Civil Veterinary Dept. North-West Frontier Province 1901-22 - 1901-1922
Year: 1901
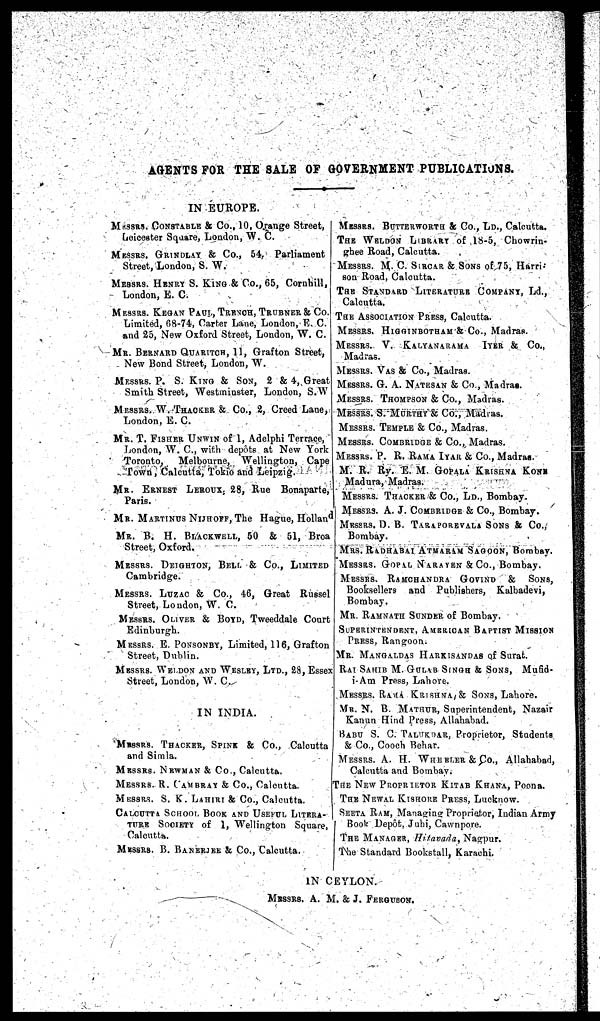
AGENTS FOR THE 8ALE OF GOVERNMENT PUBLICATIONS.
IN EUROPE.
MESSRS. CONSTABLE & Co., 10, Orange Street,
Leicester Square, London, W. C.
MESSRS. GRINDLAY & Co., 54,
Parliament
Street, London, S. W.
MESSRS. HENRY S. KING & Co., 65, Cornhill,
London, E. C.
MESSRS. REGAN PAUL, TRENCH, TRUBNER & Co.
Limited, 68-74, Carter Lane, London, E. C.
and 25, New Oxford Street, London, W. C.
MR. BERNARD QUARITCH, 11, Grafton Street,
New Bond Street, London, W.
MESSRS. P. S. KING & SON, 2 & 4, Great
Smith Street, Westminster, London, S.W
MESSRS. W. THACKER & Co., 2, Creed Lane,
London, E. C.
MR. T. FISHER UNWIN of 1, Adelphi Terrace,
London, W. C, with depots at New York
Toronto,
Melbourne, Wellington, Cape
Town, Calcutta, Tokio and Leipzig.
MR.
ERNEST LEROUX. 28, Rue
Bonaparte,
Paris.
MR. MARTINUS NIJHOFF, The Hague, Holland
MR. B. H. BLACKWELL, 50 & 51, Broa
Street, Oxford.
MESSRS. DEIGHTON, BELL & Co., LIMITED
Cambridge.
MESSRS. LUZAC & Co., 46, Great
Russel
Street, London, W. C.
MESSRS. OLIVER & BOYD, Tweeddale Court
Edinburgh.
MESSRS.
E. PONSONBY, Limited, 116, Grafton
Street, Dublin.
MESSRS. WELDON AND WESLEY, LTD., 28, Essex
Street, London, W. C.
IN INDIA.
MESSRS.
THACKER, SPINK & Co., Calcutta
and Simla.
MESSRS.
NEWMAN & Co., Calcutta.
MESSRS. R. CAMBRAY & Co., Calcutta.
MESSRS. S. K. LAHIRI & Co., Calcutta.
CALCUTTA SCHOOL BOOK AND USEFUL LITERA-
TURE SOCIETY of 1, Wellington Square,
Calcutta.
MESSRS.
B. BANERJEE & Co., Calcutta.
MESSRS. BUTTERWORTH & Co., LD., Calcutta.
THE WELDON LIBRARY of 18-5, Chowrin-
ghee Road, Calcutta.
MESSRS. M. C. SIRCAR & SONS of 75, Harri-
son Road, Calcutta.
THE STANDARD LITERATURE COMPANY, Ld.,
Calcutta.
THE ASSOCIATION PRESS, Calcutta.
MESSRS. HIGGINBOTHAM & Co., Madras.
MESSRS. V. KALYANARAMA
IYER & Co.,
Madras.
MESSRS. VAS & Co., Madras.
MESSRS. G. A. NATESAN & Co., Madras.
MESSRS. THOMPSON & Co., Madras.
MESSRS. S. MURTHY & Co., Madras.
MESSRS. TEMPLE & Co., Madras.
MESSRS. COMBRIDGE & Co., Madras.
MESSRS. P. R. RAMA IYAR & Co., Madras.
M. R. Ry. E. M. GOPALA KRISHNA KONI
Madura, Madras.
MESSRS. THACKER & Co., LD., Bombay.
MESSRS. A. J. COMBRIDGE & Co., Bombay.
MESSRS. D. B. TARAPOREVALA SONS & Co.,
Bombay.
MRS. RADHABAI ATMARIM SAGOON, Bombay.
MESSRS. GOPAL NARAYEN & Co., Bombay.
MESSRS. RAMCHANURA
GOVIND
&
SONS,
Booksellers and Publishers, Kalbadevi,
Bombay.
MR. RAMNATU SUNDER of Bombay.
SUPERINTENDENT, AMERICAN BAPTIST MISSION
PRESS, Rangoon.
MR. MANGALDAS HARKISANDAS of Sural..
RAI SAHIB M. GULAB SINGH & SONS,
Mu6d-
i-Am Press, Lahore.
MESSRS. RAMA KRISHNA,& SONS, Lahore.
MR. N. B. MATHUR, Superintendent, Nazair
Kanun Hind Press, Allahabad.
BABU S. C. TALUKADAR, Proprietor, Students
& Co., Cooch Behar.
MESSRS. A. H. WHEELER & Co., Allahabad,
Calcutta and Bombay.
THE NEW PROPRIETOR KITAB KHANA, Poona.
THE NEWAL KISHORE PRESS, Lucknow.
SEETA RAM, Managing Proprietor, Indian Army
Book Depot, Juhi, Cawnpore.
THE MANAGER, Hitavada, Nagpur.
The Standard Bookstall, Karachi.
IN CEYLON.
MESSRS.
A. M. & J. FERGUSON.